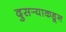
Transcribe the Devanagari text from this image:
दुसर्‍याकडून